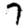
Digit: 7